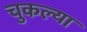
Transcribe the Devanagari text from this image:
चुकल्या